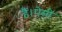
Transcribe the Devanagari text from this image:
हैं।ऐसी